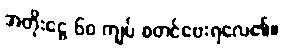
အတိုးငွေ ၆၀ ကျပ် စတင်ပေးရလေ၏။